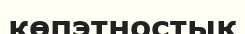
көпэтностық